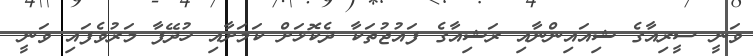
ވަނީ ސީރިއާގެ ޝިއައިންނާއި ރަޝިއާގެ ފައުޖުތަކާ ދެކޮޅަށް ކަމަށާއި ހުދޭފާ މަރުވެފައި ވަނީ